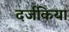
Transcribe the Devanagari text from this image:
दर्जकिया